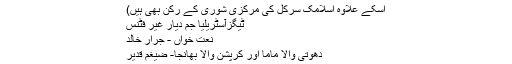
اسکے علاوہ اسلامک سرکل کی مرکزی شوریٰ کے رکن بھی ہیں)
ٹیگزآسٹریلیا جم دیار غیر فٹنس
نعت خواں - جرار خالد
دھوتی والا ماما اور کرپشن والا بھانجا- ضیغم قدیر